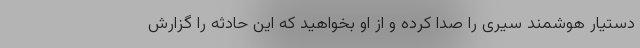
دستیار هوشمند سیری را صدا کرده و از او بخواهید که این حادثه را گزارش